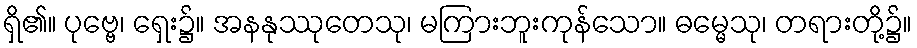
ရှိ၏။ ပုဗ္ဗေ၊ ရှေး၌။ အနနုဿုတေသု၊ မကြားဘူးကုန်သော။ ဓမ္မေသု၊ တရားတို့၌။